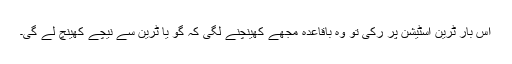
اس بار ٹرین اسٹیشن پر رکی تو وہ باقاعدہ مجھے کھینچنے لگی کہ گو یا ٹرین سے نیچے کھینچ لے گی۔